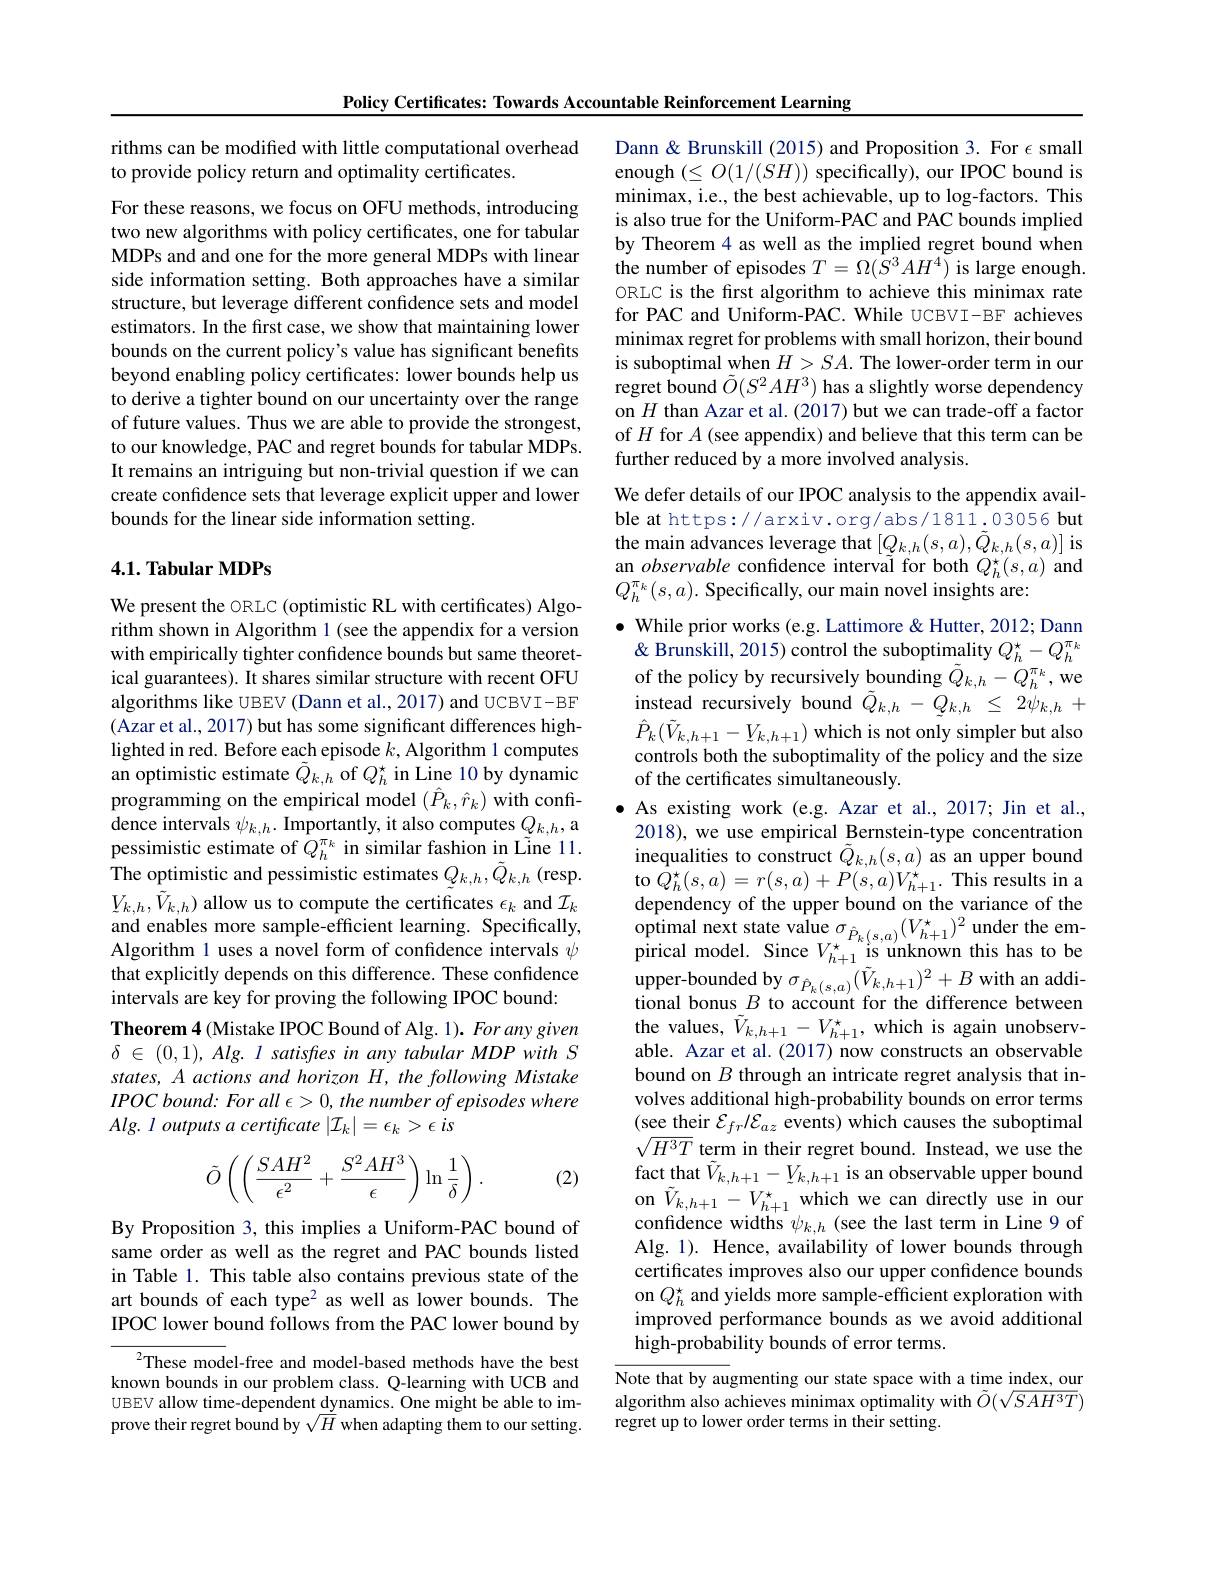
rithms can be modified with little computational overhead
to provide policy return and optimality certificates.

For these reasons, we focus on OFU methods, introducing two new algorithms with policy certificates, one for tabular MDPs and and one for the more general MDPs with linear side information setting. Both approaches have a similar structure, but leverage different confidence sets and model estimators. In the first case, we show that maintaining lower bounds on the current policy's value has significant benefits beyond enabling policy certificates: lower bounds help us to derive a tighter bound on our uncertainty over the range of future values. Thus we are able to provide the strongest, to our knowledge, PAC and regret bounds for tabular MDPs. It remains an intriguing but non-trivial question if we can create confidence sets that leverage explicit upper and lower bounds for the linear side information setting.

## 4.1. Tabular MDPs

We present the ORLC (optimistic RL with certificates) Algorithm shown in Algorithm 1 (see the appendix for a version with empirically tighter confidence bounds but same theoretical guarantees). It shares similar structure with recent OFU algorithms like UBEV (Dann et al., 2017) and UCBVI-BF (Azar et al., 2017) but has some significant differences highlighted in red. Before each episode $k$,Algorithm 1 computes an optimistic estimate $\tilde{Q}_{k,h}$ of $Q_{h}^{\star}$ in Line 10 by dynamic programming on the empirical model $(\hat{P}_k,\hat{r}_k)$ with confi- ${\mathrm{dence~intervals~}\psi_{k,h}.{\mathrm{~Importantly,~it~also~computes~}Q_{k,h},\mathrm{a}}}$ pessimistic estimate of $\hat{Q}_{h}^{\pi_{k}}$ in similar fashion in Line 11. The optimistic and pessimistic estimates $Q_{k,h},\tilde{Q}_{k,h}$ (resp. $V_{k,h},\tilde{V}_{k,h})$ allow us to compute the certificates $\epsilon_k$ and $\mathcal{I}_k$ and enables more sample-efficient learning. Specifically, Algorithm 1 uses a novel form of confidence intervals $\psi$ that explicitly depends on this difference. These confidence intervals are key for proving the following IPOC bound:
Theorem 4 (Mistake IPOC Bound of Alg. 1). For any given $\delta\in(0,1),Alg.l$ satisfres in any tabular MDP with S states, A actions and horizon H, the following Mistake $IPOC\textit{ bound: For all }\epsilon > 0, the\textit{ number of episodes where}$ $Alg. \textit{l outputs a certificate }| \mathcal{I} _k| = \epsilon _k> \epsilon$ is
$$\tilde{O}\left(\left(\frac{SAH^2}{\epsilon^2}+\frac{S^2AH^3}{\epsilon}\right)\ln\frac{1}{\delta}\right).$$
(2)

By Proposition 3, this implies a Uniform-PAC bound of same order as well as the regret and PAC bounds listed in Table 1. This table also contains previous state of the art bounds of each type$^2$ as well as lower bounds. The IPOC lower bound follows from the PAC lower bound by

$^{2}$These model-free and model-based methods have the best known bounds in our problem class. Q-learning with UCB and UBEV allow time-dependent dynamics. One might be able to improve their regret bound by $\sqrt{\bar{H}}$ when adapting them to our setting.

Policy Certificates: Towards Accountable Reinforcement Learning
Dann & Brunskill (2015) and Proposition 3. For $\epsilon$ small enough $(\leq O(1/(SH))$ specifically), our IPOC bound is minimax, i.e., the best achievable, up to log-factors. This is also true for the Uniform-PAC and PAC bounds implied by Theorem 4 as well as the implied regret bound when the number of episodes $T=\Omega(\hat{S}^3AH^4)$ is large enough. ORLC is the first algorithm to achieve this minimax rate for PAC and Uniform-PAC. While UCBVI-BF achieves minimax regret for problems with small horizon, their bound is suboptimal when $H>SA.$ The lower-order term in our regret bound $\tilde{O}(S^2AH^3)$ has a slightly worse dependency on $H$ than Azar et al.(2017) but we can trade-off a factor of $H$ for $A$ (see appendix) and believe that this term can be further reduced by a more involved analysis.
We defer details of our IPOC analysis to the appendix availble at https://arxiv.org/abs/1811.03056 but the main advances leverage that $[Q_{k,h}(s,a),\tilde{Q}_{k,h}(s,a)]$ is an observable confidence interval for both $Q_h^{\star}(s,a)$ and $Q_{h}^{\pi_{k}}(s,a).$ Specifically, our main novel insights are:
$\bullet$ While prior works (e.g. Lattimore & Hutter, 2012; Dann $\hat{\&\text{ Brunskill, 2015) control the suboptimality }}Q_{h}^{\star}-Q_{h}^{\pi_{k}}$ of the policy by recursively bounding $\tilde{Q}_{k,h}-Q_{h}^{\pi_{k}}$,we instead recursively bound $\tilde{Q}_{k,h}-\tilde{Q}_{k,h}\leq2\ddot{\psi}_{k,h}+$ $\hat{P}_{k}(\tilde{V}_{k,h+1}-Y_{k,h+1})$ which is not only simpler but also controls both the suboptimality of the policy and the size of the certificates simultaneously.
$\bullet$ As existing work (e.g. Azar et al., 2017; Jin et al., 2018), we use empirical Bernstein-type concentration inequalities to construct $\tilde{Q}_{k,h}(s,a)$ as an upper bound to $Q_{h}^{\star}(s,a)=r(s,a)+P(s,a)V_{h+1}^{\star}.$ This results in a dependency of the upper bound on the variance of the $\begin{array}{l}{\text{optimal next state value }\sigma_{\hat{P}_{k}(s,a)}(V_{h+1}^{\star})^{2}\text{ under the em-}}\\{\text{pirical model. Since }V_{h+1}^{\star}\text{ is unknown this has to be}}\\{\text{pirical model. Since }V_{h+1}^{\star}\text{ is unknown this has to be}}\end{array}$ $\begin{array}{l}{\text{upper-bounded by }\sigma_{\hat{P}_{k}(s,a)}(\tilde{V}_{k,h+1})^{2}+B\mathrm{~with~an~addi-}}\\{\text{tional bonus }B\mathrm{~to~account~for~the~difference~between}}\end{array}$ the values, $\tilde{V}_{k,h+1}-V_{h+1}^{\star}$, which is again unobservable. Azar et al.(2017) now constructs an observable bound on $B$ through an intricate regret analysis that involves additional high-probability bounds on error terms (see their $\mathcal{E}_fr/\mathcal{E}_az$ events) which causes the suboptimal $\sqrt{H^3T}$ term in their regret bound. Instead, we use the fact that $\tilde{V}_{k,h+1}-V_{k,h+1}$ is an observable upper bound on $\tilde{V}_{k,h+1}-V_{h+1}^{\star}$ which we can directly use in our confidence widths $\psi_{k,h}$ (see the last term in Line 9 of Alg. 1). Hence, availability of lower bounds through certificates improves also our upper confidence bounds on $Q_h^{\star}$ and yields more sample-efficient exploration with improved performance bounds as we avoid additional $\hat{\text{high-probability bounds of error terms.}}$
$\overline{\text{Note that by augmenting our state space with a time index, our}}$ algorithm also achieves minimax optimality with $\tilde{O}(\sqrt{SAH^3T})$

regret up to lower order terms in their setting